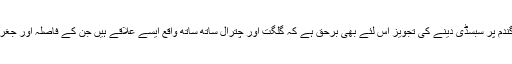
ضلع ناظم چترال کی جانب سے ضلع چترال کو گلگت بلتستان کی طرح گندم پر سبسڈی دینے کی تجویز اس لئے بھی برحق ہے کہ گلگت اور چترال ساتھ ساتھ واقع ایسے علاقے ہیں جن کے فاصلہ اور جغرافیائی و موسمی حالات اور عوام کی معاشی کیفیت میں بہت مماثلت ہے۔